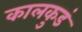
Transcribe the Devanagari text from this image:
कालकुडं